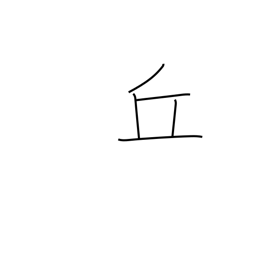
Meaning: hill